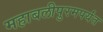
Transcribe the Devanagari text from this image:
महाबलीपुरमपर्यंत